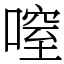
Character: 㗧